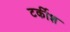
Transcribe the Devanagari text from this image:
टर्कीश